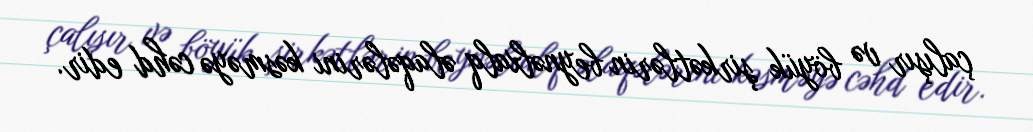
çalışır və böyük şirkətlərin beynəlxalq əlaqələrini kəsməyə cəhd edir.